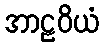
အာဠဝိယံ